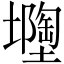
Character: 𡒘